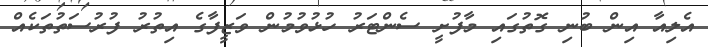
އެލިއާ އިން ބުނި ގޮތުގައި މާފުށީ ސެންޓަރު ހުޅުވުމުން ވަޒީފާގެ އިތުރު ފުރުސަތުތަކެއް